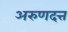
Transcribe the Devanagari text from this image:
अरुणदत्त